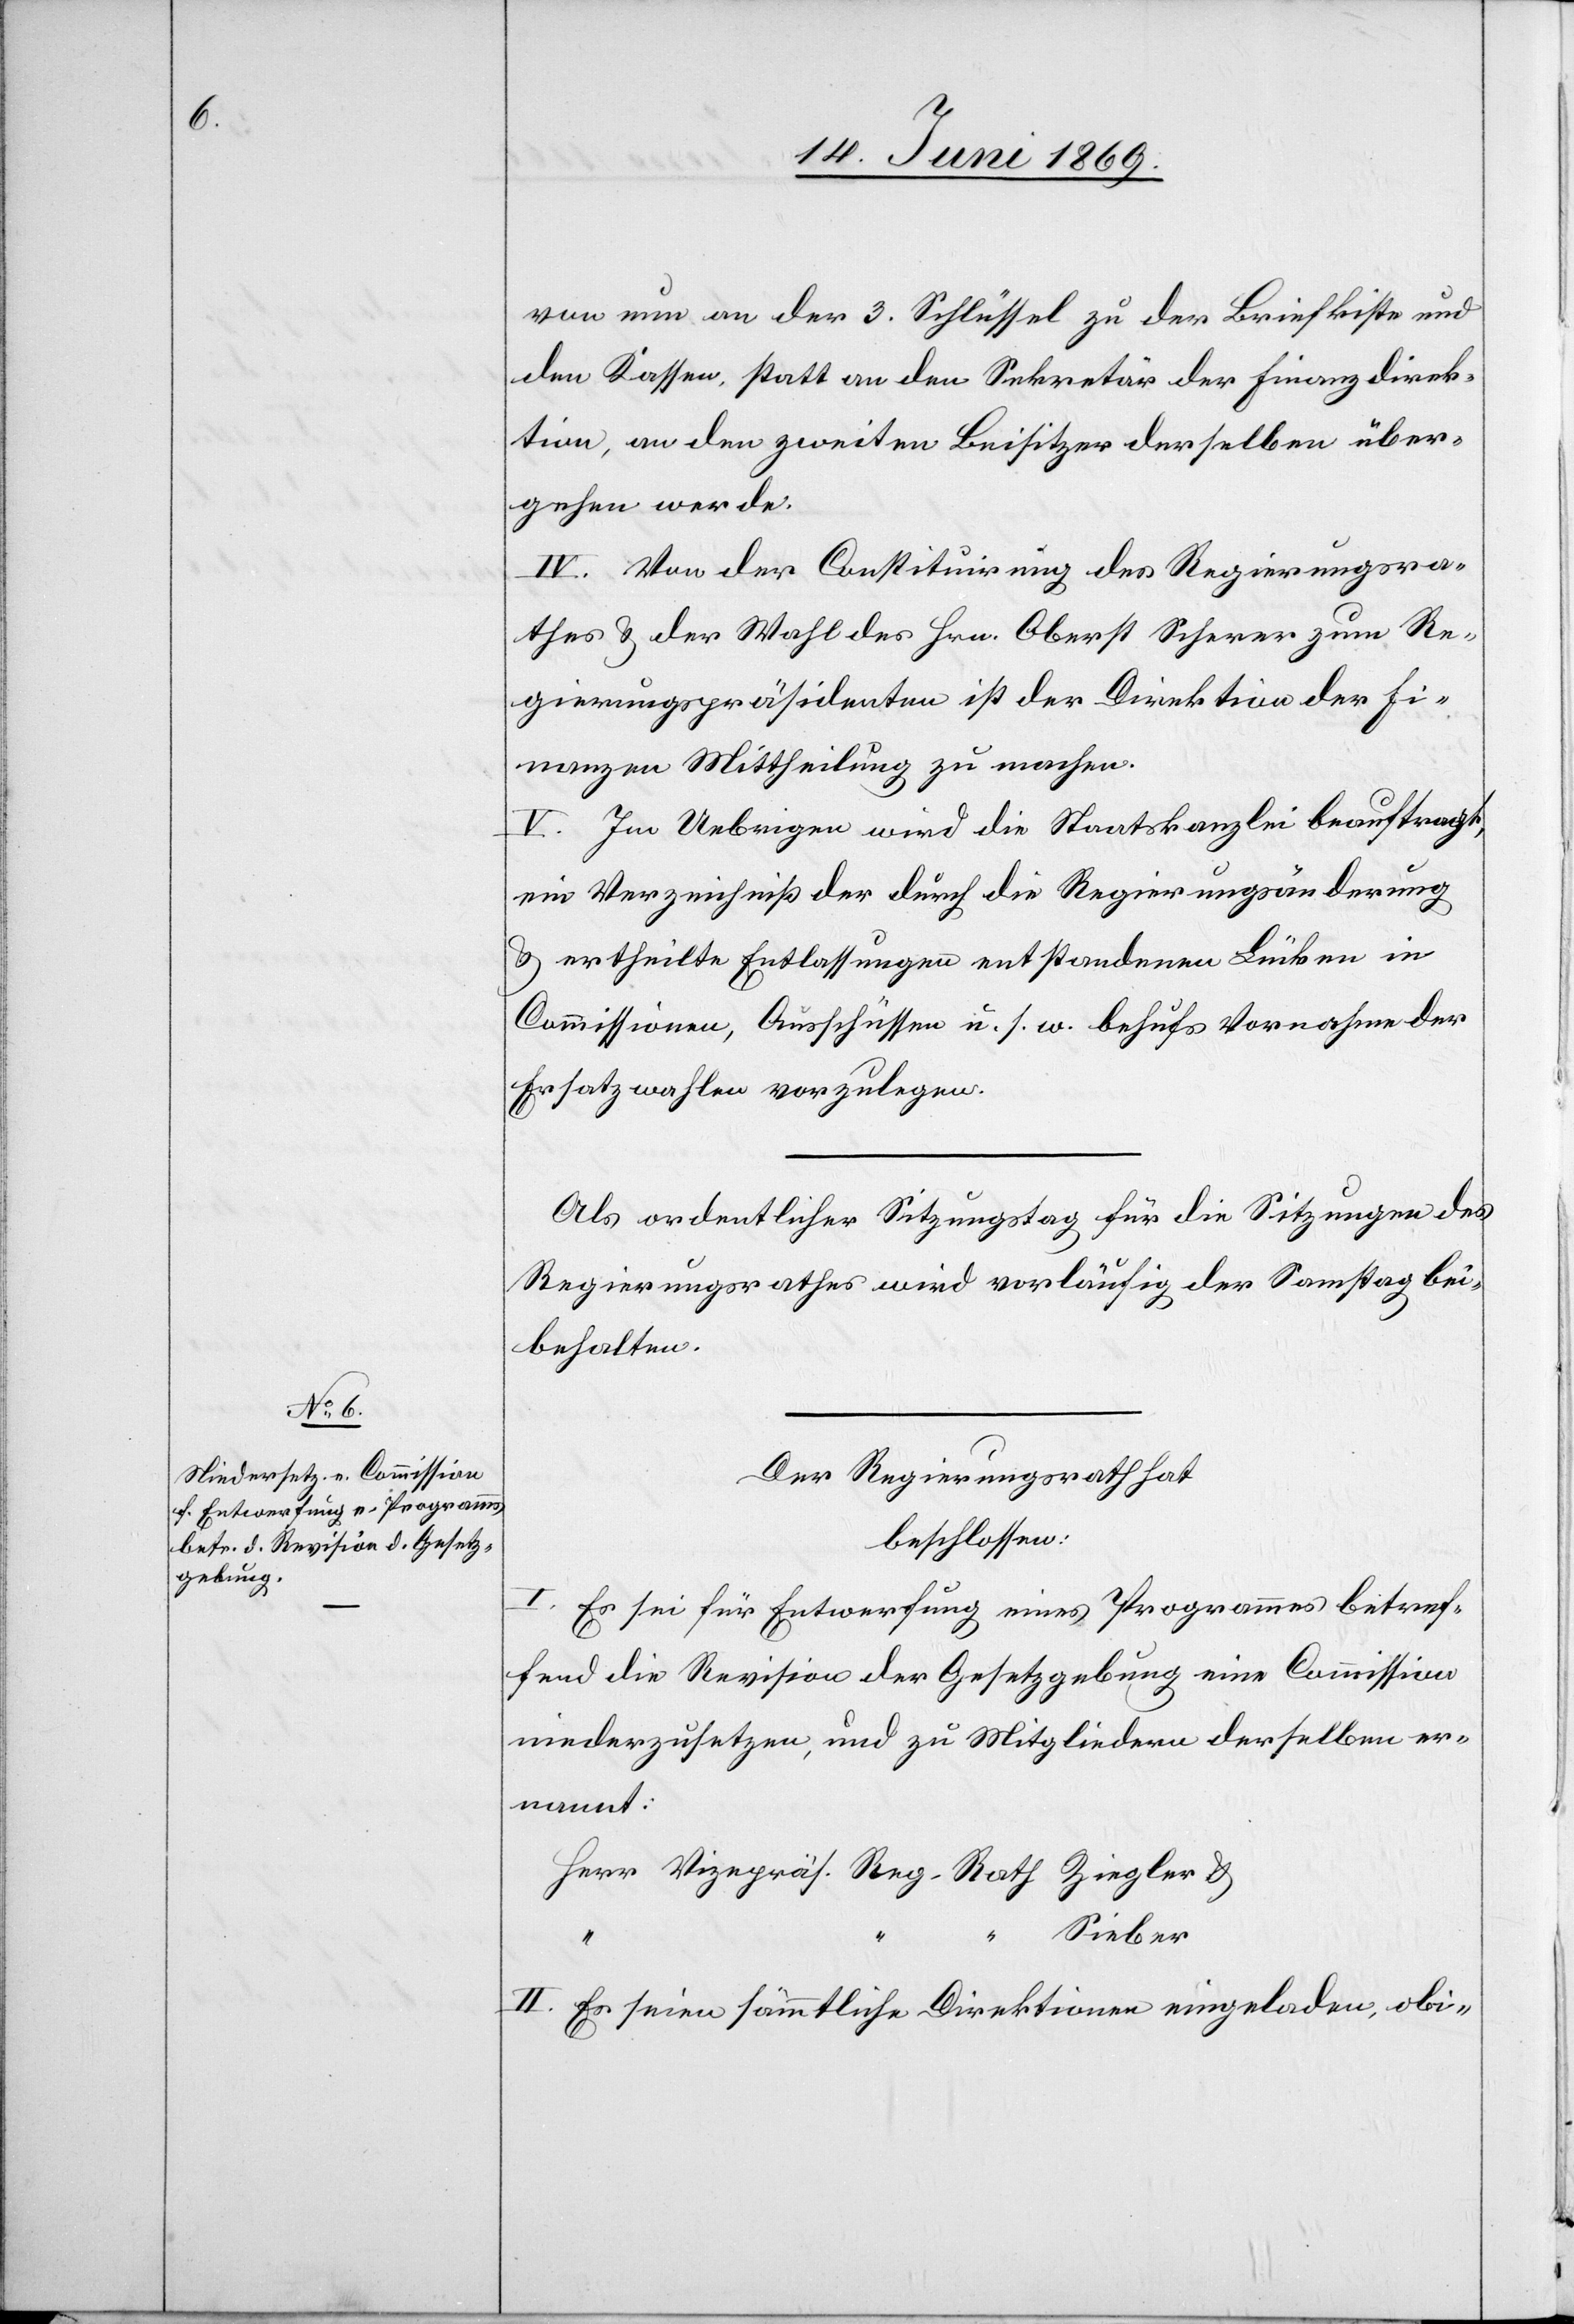
von nun an der 3. Schlüssel zu der Briefkiste und
den Kassen, statt an den Sekretär der Finanzdirek¬
tion, an den zweiten Beisitzer derselben über¬
gehen werde.
IV. Von der Constituirung des Regierungsra¬
thes u. der Wahl des Hrn. Oberst Scherer zum Re¬
gierungspräsidenten ist der Direktion der Fi¬
nanzen Mittheilung zu machen.
V. Im Uebrigen wird die Staatskanzlei beauftragt,
ein Verzeichniß der durch die Regierungsänderung
u. ertheilte Entlassungen entstandenen Lücken in
Commissionen, Ausschüssen u. s. w. behufs Vornahme der
________________________
Als ordentlicher Sitzungstag für die Sitzungen des
Regierungsrathes wird vorläufig der Samstag be¬
halten.
Der Regierungsrath hat
beschlossen:
I. Es sei für Entwerfung eines Programms betref¬
fend die Revision der Gesetzgebung eine Commission
niederzusetzen, und zu Mitgliedern derselben er¬
nannt:
Herr Vicepräs. Reg-Rath. Ziegler u.
Sieber
II. Es seien sämmtliche Direktionen eingeladen, obi-